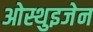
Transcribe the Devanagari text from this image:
ओस्थुइजेन